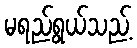
မရည်ရွယ်သည့်